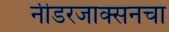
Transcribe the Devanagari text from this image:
नीडरजाक्सनचा